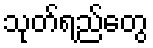
သုတ်ရည်တွေ